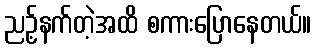
ညဥ့်နက်တဲ့အထိ စကားပြောနေတယ်။